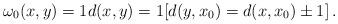
LaTeX: \begin{align*}\omega_0(x,y)=1 d(x,y)=1 [d(y, x_0)=d(x, x_0)\pm 1]\,.\end{align*}